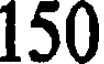
150